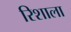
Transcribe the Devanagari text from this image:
रिशाला